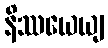
နိဿယေယျ